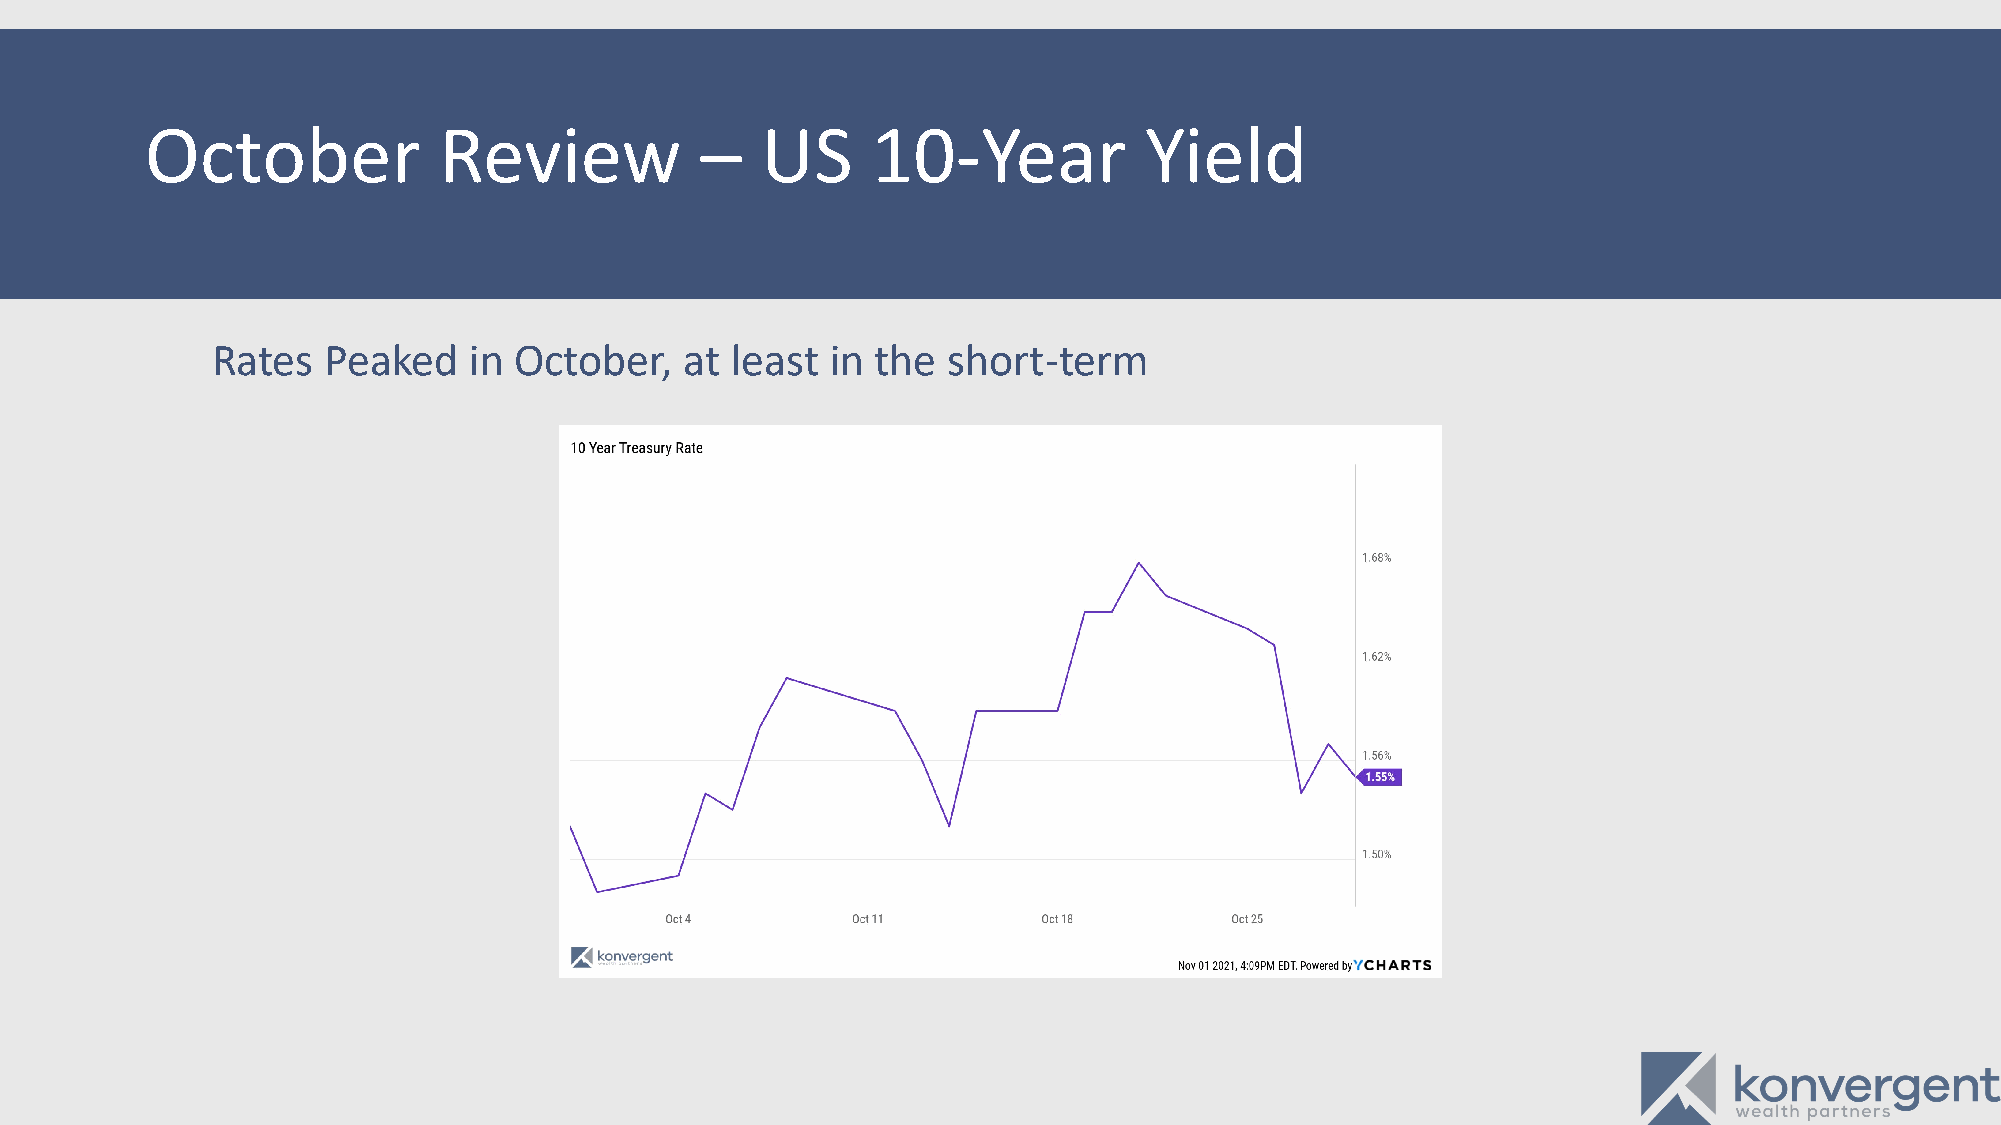
October            Review           –   US      10-Year           Yield
 Rates   Peaked   in October,   at least  in the  short-term